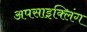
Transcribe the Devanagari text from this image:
अपसाइक्लिंग